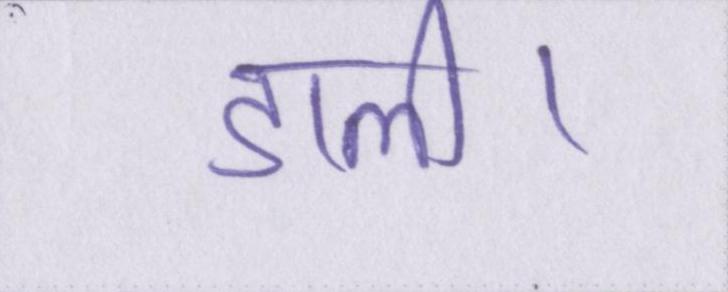
डाली।